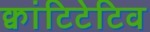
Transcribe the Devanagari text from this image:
क्वांटिटेटिव